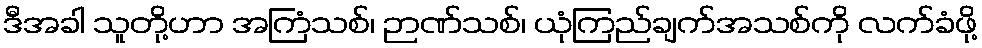
ဒီအခါ သူတို့ဟာ အကြံသစ်၊ ဉာဏ်သစ်၊ ယုံကြည်ချက်အသစ်ကို လက်ခံဖို့